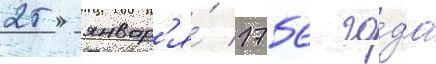
25 январ'я́ 1756 го́да